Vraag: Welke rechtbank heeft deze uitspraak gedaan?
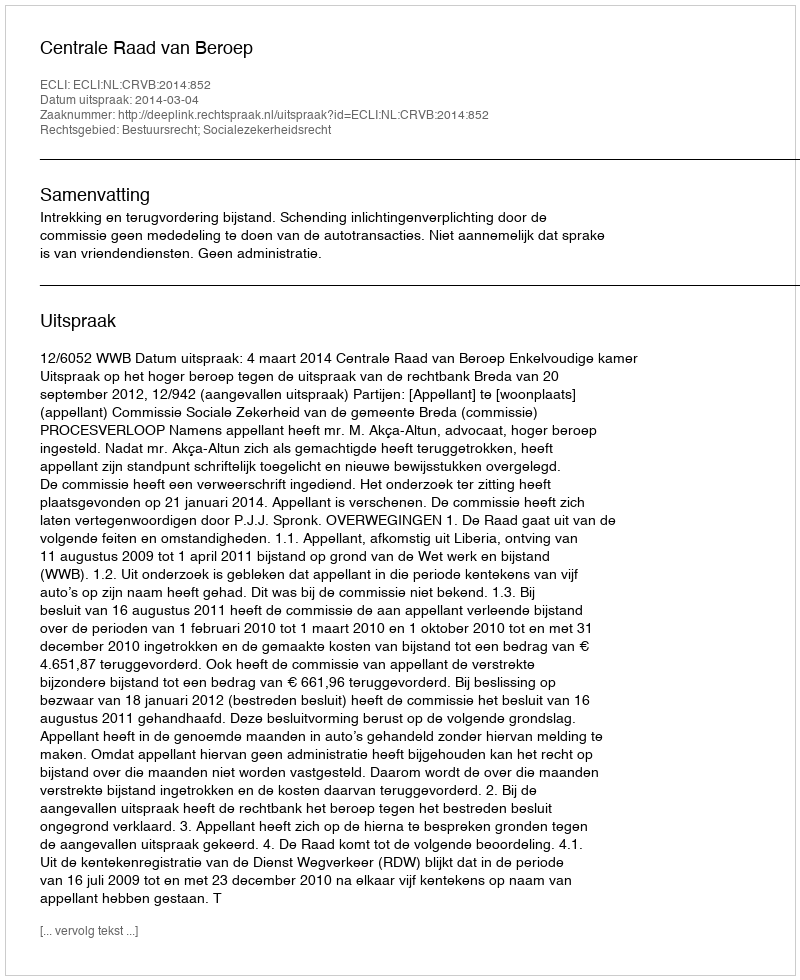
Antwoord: Centrale Raad van Beroep